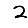
Digit: 2